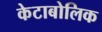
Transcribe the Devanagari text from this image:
केटाबोलिक